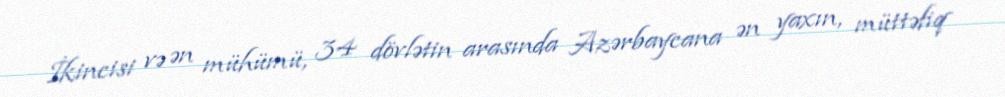
İkincisi və ən mühümü, 34 dövlətin arasında Azərbaycana ən yaxın, müttəfiq